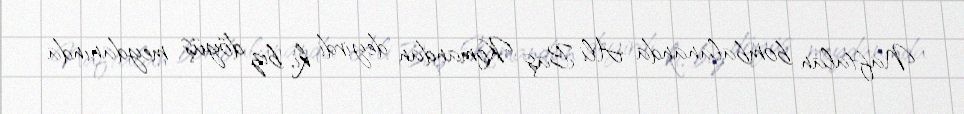
Naftalan bombalananda Ali Baş Komandan deyirdi ki, biz döyüş meydanında